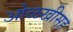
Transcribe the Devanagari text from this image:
ओळखीसह